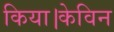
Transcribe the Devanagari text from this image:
किया।केविन